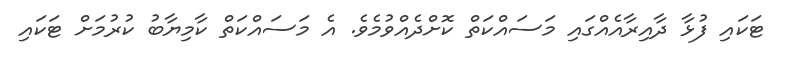
ޓަކައި ފުޅާ ދާއިރާއެއްގައި މަސައްކަތް ކޮށްދެއްވުމެވެ. އެ މަސައްކަތް ކާމިޔާބު ކުރުމަށް ޓަކައި